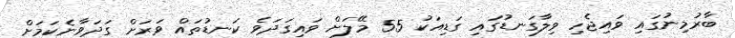
ބާރުމިނުގައި ވައިޖެހި ވިލާގަނޑުގައި ގަޑިއަކު 55 މޭލަށް ވައިގަދަވެ ކަނޑުތައް ވަރަށް ގަދަވާނެކަމަށް